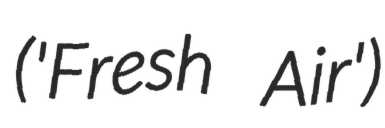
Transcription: ('Fresh Air')